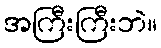
အကြီးကြီးဘဲ။